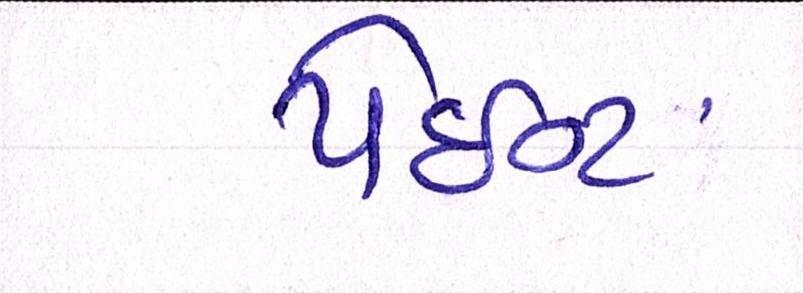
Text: પેઇન્ટ